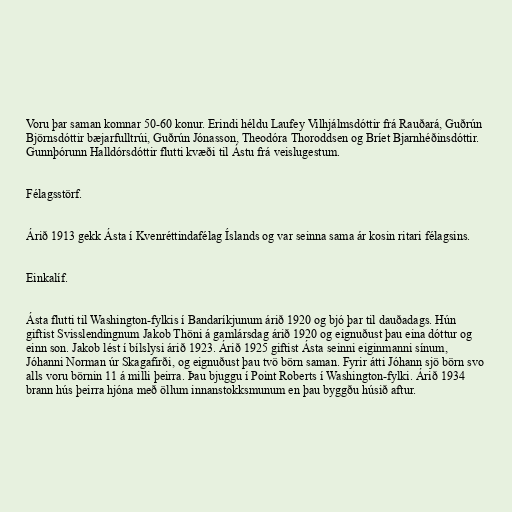
Voru þar saman komnar 50-60 konur. Erindi héldu Laufey Vilhjálmsdóttir frá Rauðará, Guðrún
Björnsdóttir bæjarfulltrúi, Guðrún Jónasson, Theodóra Thoroddsen og Bríet Bjarnhéðinsdóttir.
Gunnþórunn Halldórsdóttir flutti kvæði til Ástu frá veislugestum.

Félagsstörf.

Árið 1913 gekk Ásta í Kvenréttindafélag Íslands og var seinna sama ár kosin ritari félagsins.

Einkalíf.

Ásta flutti til Washington-fylkis í Bandaríkjunum árið 1920 og bjó þar til dauðadags. Hún
giftist Svisslendingnum Jakob Thöni á gamlársdag árið 1920 og eignuðust þau eina dóttur og
einn son. Jakob lést í bílslysi árið 1923. Árið 1925 giftist Ásta seinni eiginmanni sínum,
Jóhanni Norman úr Skagafirði, og eignuðust þau tvö börn saman. Fyrir átti Jóhann sjö börn svo
alls voru börnin 11 á milli þeirra. Þau bjuggu í Point Roberts í Washington-fylki. Árið 1934
brann hús þeirra hjóna með öllum innanstokksmunum en þau byggðu húsið aftur.